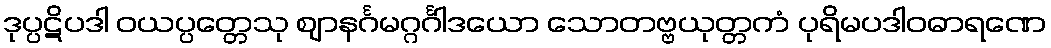
ဒုပ္ပဋိပဒါ ဝယပ္ပတ္တေသု ဈာနင်္ဂမဂ္ဂင်္ဂါဒယော သောတဗ္ဗယုတ္တကံ ပုရိမပဒါဝဓာရဏေ